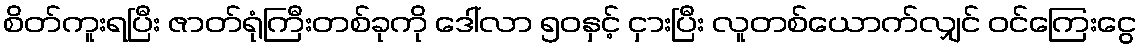
စိတ်ကူးရပြီး ဇာတ်ရုံကြီးတစ်ခုကို ဒေါ်လာ ၅၀နှင့် ငှားပြီး လူတစ်ယောက်လျှင် ဝင်ကြေးငွေ